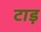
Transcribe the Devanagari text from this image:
टाड़